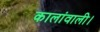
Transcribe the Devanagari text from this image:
कालांवाली।